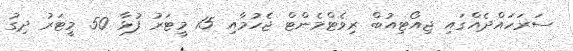
ސަރަހައްދެއްގައި ޖިއޯޓިއުބް ރިވެޓްމެންޓް ޖެހުމާއި 15 މީޓަރު ފުޅާ 50 މީޓަރު ދިގު